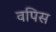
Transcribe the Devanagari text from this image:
वपिस